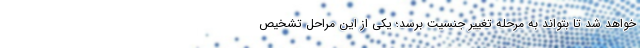
خواهد شد تا بتواند به مرحله تغییر جنسیت برسد؛ یکی از این مراحل تشخیص